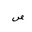
Letter: _sad